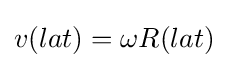
{\textstyle v(lat)=\omega R(lat)}